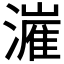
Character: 𬉍